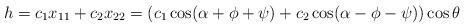
LaTeX: \begin{align*}h=c_{1}x_{11}+c_{2}x_{22}= (c_{1} \cos (\alpha +\phi + \psi) + c_{2} \cos (\alpha -\phi - \psi) )\cos \theta\end{align*}